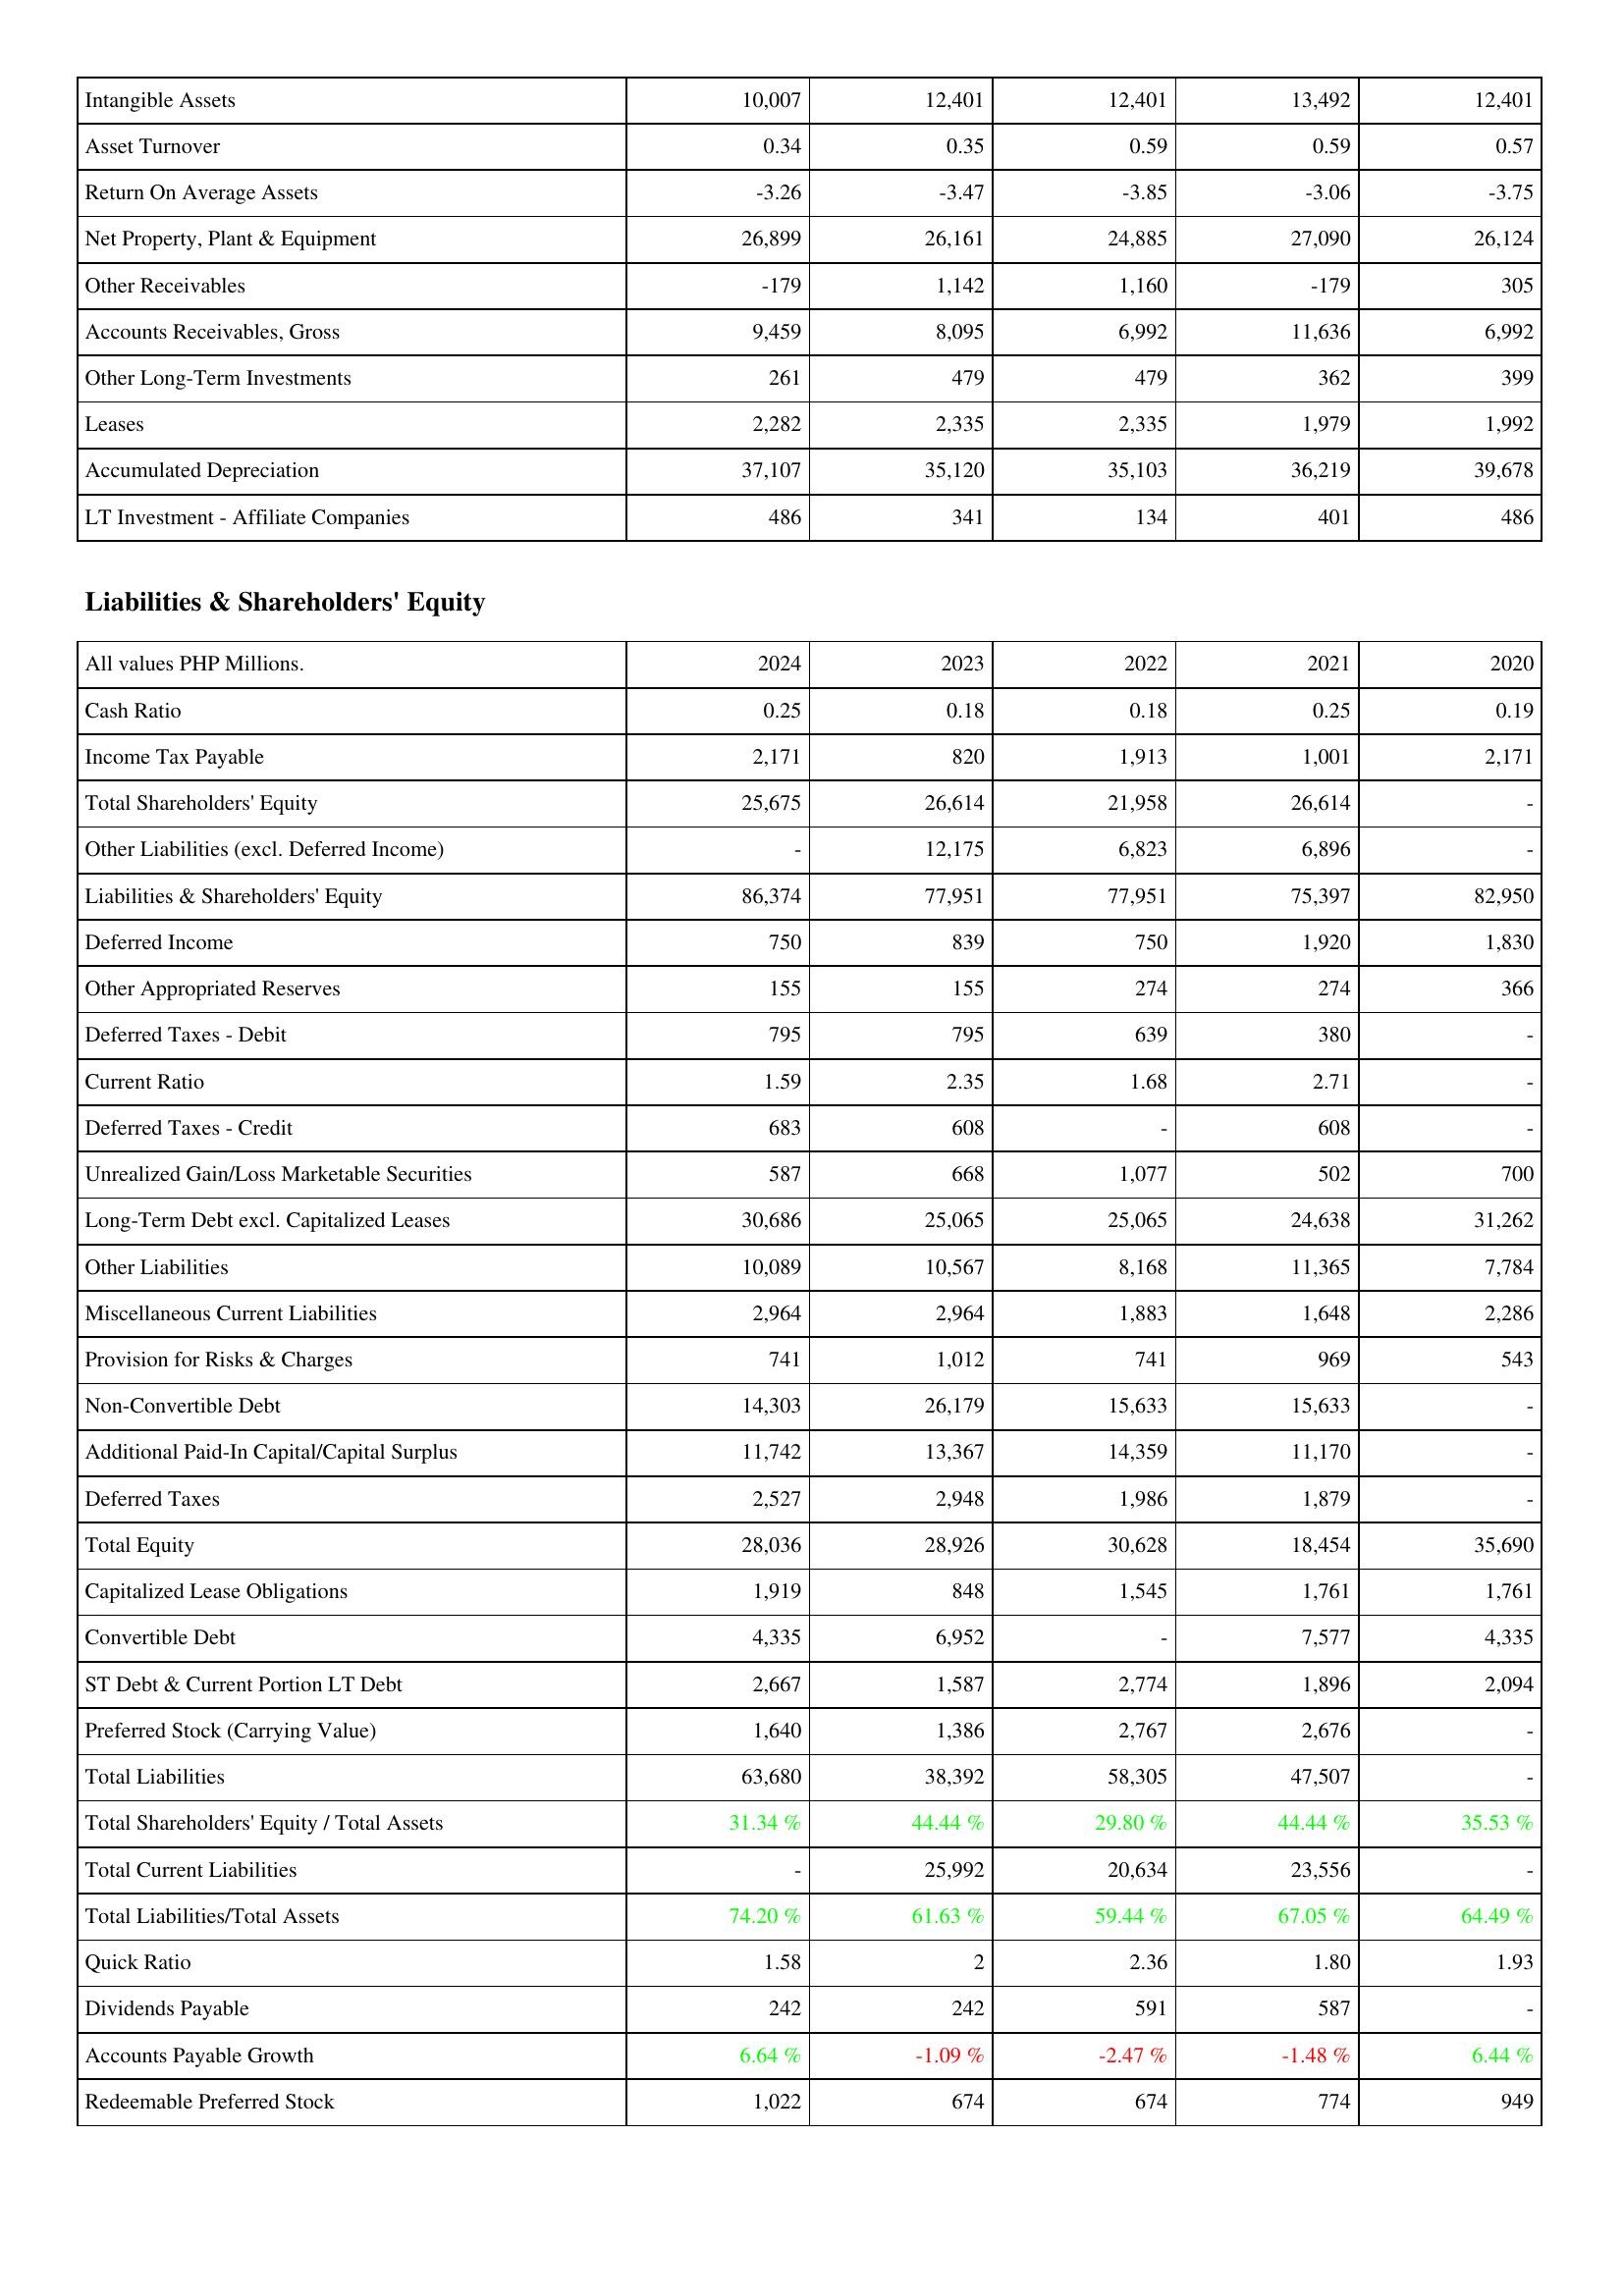
2024: Assets: Intangible Assets: 10,007
Asset Turnover: 0.34
Return On Average Assets: -3.26
Net Property, Plant & Equipment: 26,899
Other Receivables: -179
Accounts Receivables, Gross: 9,459
Other Long-Term Investments: 261
Leases: 2,282
Accumulated Depreciation: 37,107
LT Investment - Affiliate Companies: 486
Liabilities & Shareholders' Equity: Cash Ratio: 0.25
Income Tax Payable: 2,171
Total Shareholders' Equity: 25,675
Other Liabilities (excl. Deferred Income): -
Liabilities & Shareholders' Equity: 86,374
Deferred Income: 750
Other Appropriated Reserves: 155
Deferred Taxes - Debit: 795
Current Ratio: 1.59
Deferred Taxes - Credit: 683
Unrealized Gain/Loss Marketable Securities: 587
Long-Term Debt excl. Capitalized Leases: 30,686
Other Liabilities: 10,089
Miscellaneous Current Liabilities: 2,964
Provision for Risks & Charges: 741
Non-Convertible Debt: 14,303
Additional Paid-In Capital/Capital Surplus: 11,742
Deferred Taxes: 2,527
Total Equity: 28,036
Capitalized Lease Obligations: 1,919
Convertible Debt: 4,335
ST Debt & Current Portion LT Debt: 2,667
Preferred Stock (Carrying Value): 1,640
Total Liabilities: 63,680
Total Shareholders' Equity / Total Assets: 31.34 %
Total Current Liabilities: -
Total Liabilities/Total Assets: 74.20 %
Quick Ratio: 1.58
Dividends Payable: 242
Accounts Payable Growth: 6.64 %
Redeemable Preferred Stock: 1,022
2023: Assets: Intangible Assets: 12,401
Asset Turnover: 0.35
Return On Average Assets: -3.47
Net Property, Plant & Equipment: 26,161
Other Receivables: 1,142
Accounts Receivables, Gross: 8,095
Other Long-Term Investments: 479
Leases: 2,335
Accumulated Depreciation: 35,120
LT Investment - Affiliate Companies: 341
Liabilities & Shareholders' Equity: Cash Ratio: 0.18
Income Tax Payable: 820
Total Shareholders' Equity: 26,614
Other Liabilities (excl. Deferred Income): 12,175
Liabilities & Shareholders' Equity: 77,951
Deferred Income: 839
Other Appropriated Reserves: 155
Deferred Taxes - Debit: 795
Current Ratio: 2.35
Deferred Taxes - Credit: 608
Unrealized Gain/Loss Marketable Securities: 668
Long-Term Debt excl. Capitalized Leases: 25,065
Other Liabilities: 10,567
Miscellaneous Current Liabilities: 2,964
Provision for Risks & Charges: 1,012
Non-Convertible Debt: 26,179
Additional Paid-In Capital/Capital Surplus: 13,367
Deferred Taxes: 2,948
Total Equity: 28,926
Capitalized Lease Obligations: 848
Convertible Debt: 6,952
ST Debt & Current Portion LT Debt: 1,587
Preferred Stock (Carrying Value): 1,386
Total Liabilities: 38,392
Total Shareholders' Equity / Total Assets: 44.44 %
Total Current Liabilities: 25,992
Total Liabilities/Total Assets: 61.63 %
Quick Ratio: 2
Dividends Payable: 242
Accounts Payable Growth: -1.09 %
Redeemable Preferred Stock: 674
2022: Assets: Intangible Assets: 12,401
Asset Turnover: 0.59
Return On Average Assets: -3.85
Net Property, Plant & Equipment: 24,885
Other Receivables: 1,160
Accounts Receivables, Gross: 6,992
Other Long-Term Investments: 479
Leases: 2,335
Accumulated Depreciation: 35,103
LT Investment - Affiliate Companies: 134
Liabilities & Shareholders' Equity: Cash Ratio: 0.18
Income Tax Payable: 1,913
Total Shareholders' Equity: 21,958
Other Liabilities (excl. Deferred Income): 6,823
Liabilities & Shareholders' Equity: 77,951
Deferred Income: 750
Other Appropriated Reserves: 274
Deferred Taxes - Debit: 639
Current Ratio: 1.68
Deferred Taxes - Credit: -
Unrealized Gain/Loss Marketable Securities: 1,077
Long-Term Debt excl. Capitalized Leases: 25,065
Other Liabilities: 8,168
Miscellaneous Current Liabilities: 1,883
Provision for Risks & Charges: 741
Non-Convertible Debt: 15,633
Additional Paid-In Capital/Capital Surplus: 14,359
Deferred Taxes: 1,986
Total Equity: 30,628
Capitalized Lease Obligations: 1,545
Convertible Debt: -
ST Debt & Current Portion LT Debt: 2,774
Preferred Stock (Carrying Value): 2,767
Total Liabilities: 58,305
Total Shareholders' Equity / Total Assets: 29.80 %
Total Current Liabilities: 20,634
Total Liabilities/Total Assets: 59.44 %
Quick Ratio: 2.36
Dividends Payable: 591
Accounts Payable Growth: -2.47 %
Redeemable Preferred Stock: 674
2021: Assets: Intangible Assets: 13,492
Asset Turnover: 0.59
Return On Average Assets: -3.06
Net Property, Plant & Equipment: 27,090
Other Receivables: -179
Accounts Receivables, Gross: 11,636
Other Long-Term Investments: 362
Leases: 1,979
Accumulated Depreciation: 36,219
LT Investment - Affiliate Companies: 401
Liabilities & Shareholders' Equity: Cash Ratio: 0.25
Income Tax Payable: 1,001
Total Shareholders' Equity: 26,614
Other Liabilities (excl. Deferred Income): 6,896
Liabilities & Shareholders' Equity: 75,397
Deferred Income: 1,920
Other Appropriated Reserves: 274
Deferred Taxes - Debit: 380
Current Ratio: 2.71
Deferred Taxes - Credit: 608
Unrealized Gain/Loss Marketable Securities: 502
Long-Term Debt excl. Capitalized Leases: 24,638
Other Liabilities: 11,365
Miscellaneous Current Liabilities: 1,648
Provision for Risks & Charges: 969
Non-Convertible Debt: 15,633
Additional Paid-In Capital/Capital Surplus: 11,170
Deferred Taxes: 1,879
Total Equity: 18,454
Capitalized Lease Obligations: 1,761
Convertible Debt: 7,577
ST Debt & Current Portion LT Debt: 1,896
Preferred Stock (Carrying Value): 2,676
Total Liabilities: 47,507
Total Shareholders' Equity / Total Assets: 44.44 %
Total Current Liabilities: 23,556
Total Liabilities/Total Assets: 67.05 %
Quick Ratio: 1.80
Dividends Payable: 587
Accounts Payable Growth: -1.48 %
Redeemable Preferred Stock: 774
2020: Assets: Intangible Assets: 12,401
Asset Turnover: 0.57
Return On Average Assets: -3.75
Net Property, Plant & Equipment: 26,124
Other Receivables: 305
Accounts Receivables, Gross: 6,992
Other Long-Term Investments: 399
Leases: 1,992
Accumulated Depreciation: 39,678
LT Investment - Affiliate Companies: 486
Liabilities & Shareholders' Equity: Cash Ratio: 0.19
Income Tax Payable: 2,171
Total Shareholders' Equity: -
Other Liabilities (excl. Deferred Income): -
Liabilities & Shareholders' Equity: 82,950
Deferred Income: 1,830
Other Appropriated Reserves: 366
Deferred Taxes - Debit: -
Current Ratio: -
Deferred Taxes - Credit: -
Unrealized Gain/Loss Marketable Securities: 700
Long-Term Debt excl. Capitalized Leases: 31,262
Other Liabilities: 7,784
Miscellaneous Current Liabilities: 2,286
Provision for Risks & Charges: 543
Non-Convertible Debt: -
Additional Paid-In Capital/Capital Surplus: -
Deferred Taxes: -
Total Equity: 35,690
Capitalized Lease Obligations: 1,761
Convertible Debt: 4,335
ST Debt & Current Portion LT Debt: 2,094
Preferred Stock (Carrying Value): -
Total Liabilities: -
Total Shareholders' Equity / Total Assets: 35.53 %
Total Current Liabilities: -
Total Liabilities/Total Assets: 64.49 %
Quick Ratio: 1.93
Dividends Payable: -
Accounts Payable Growth: 6.44 %
Redeemable Preferred Stock: 949